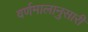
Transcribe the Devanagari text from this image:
वर्णमालानुसारी